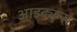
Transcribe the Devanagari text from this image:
आइट्युन्स